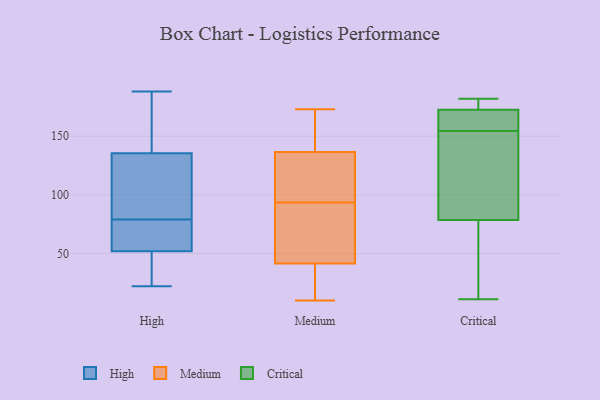
{"axis": {"x": "Bounce Rate (%)", "y": "Value"}, "legend": ["Critical", "High", "Medium"], "data": [{"x": "", "y": 162, "type": "High"}, {"x": "", "y": 76, "type": "High"}, {"x": "", "y": 149, "type": "High"}, {"x": "", "y": 131, "type": "High"}, {"x": "", "y": 79, "type": "High"}, {"x": "", "y": 188, "type": "High"}, {"x": "", "y": 67, "type": "High"}, {"x": "", "y": 96, "type": "High"}, {"x": "", "y": 39, "type": "High"}, {"x": "", "y": 22, "type": "High"}, {"x": "", "y": 43, "type": "High"}, {"x": "", "y": 92, "type": "High"}, {"x": "", "y": 72, "type": "High"}, {"x": "", "y": 174, "type": "High"}, {"x": "", "y": 97, "type": "High"}, {"x": "", "y": 52, "type": "High"}, {"x": "", "y": 52, "type": "High"}, {"x": "", "y": 83, "type": "Medium"}, {"x": "", "y": 51, "type": "Medium"}, {"x": "", "y": 32, "type": "Medium"}, {"x": "", "y": 90, "type": "Medium"}, {"x": "", "y": 53, "type": "Medium"}, {"x": "", "y": 23, "type": "Medium"}, {"x": "", "y": 173, "type": "Medium"}, {"x": "", "y": 113, "type": "Medium"}, {"x": "", "y": 161, "type": "Medium"}, {"x": "", "y": 137, "type": "Medium"}, {"x": "", "y": 136, "type": "Medium"}, {"x": "", "y": 21, "type": "Medium"}, {"x": "", "y": 101, "type": "Medium"}, {"x": "", "y": 10, "type": "Medium"}, {"x": "", "y": 139, "type": "Medium"}, {"x": "", "y": 97, "type": "Medium"}, {"x": "", "y": 11, "type": "Critical"}, {"x": "", "y": 40, "type": "Critical"}, {"x": "", "y": 102, "type": "Critical"}, {"x": "", "y": 181, "type": "Critical"}, {"x": "", "y": 45, "type": "Critical"}, {"x": "", "y": 165, "type": "Critical"}, {"x": "", "y": 155, "type": "Critical"}, {"x": "", "y": 164, "type": "Critical"}, {"x": "", "y": 147, "type": "Critical"}, {"x": "", "y": 155, "type": "Critical"}, {"x": "", "y": 154, "type": "Critical"}, {"x": "", "y": 140, "type": "Critical"}, {"x": "", "y": 55, "type": "Critical"}, {"x": "", "y": 180, "type": "Critical"}, {"x": "", "y": 182, "type": "Critical"}, {"x": "", "y": 182, "type": "Critical"}]}